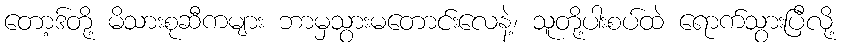
တော့ဒ်တို့ မိသားစုဆီကများ ဘာမှသွားမတောင်းလေနဲ့၊ သူတို့ပါးစပ်ထဲ ရောက်သွားပြီလို့